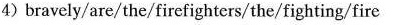
4)bravely/are/the/firefighters/the/fighting/fire